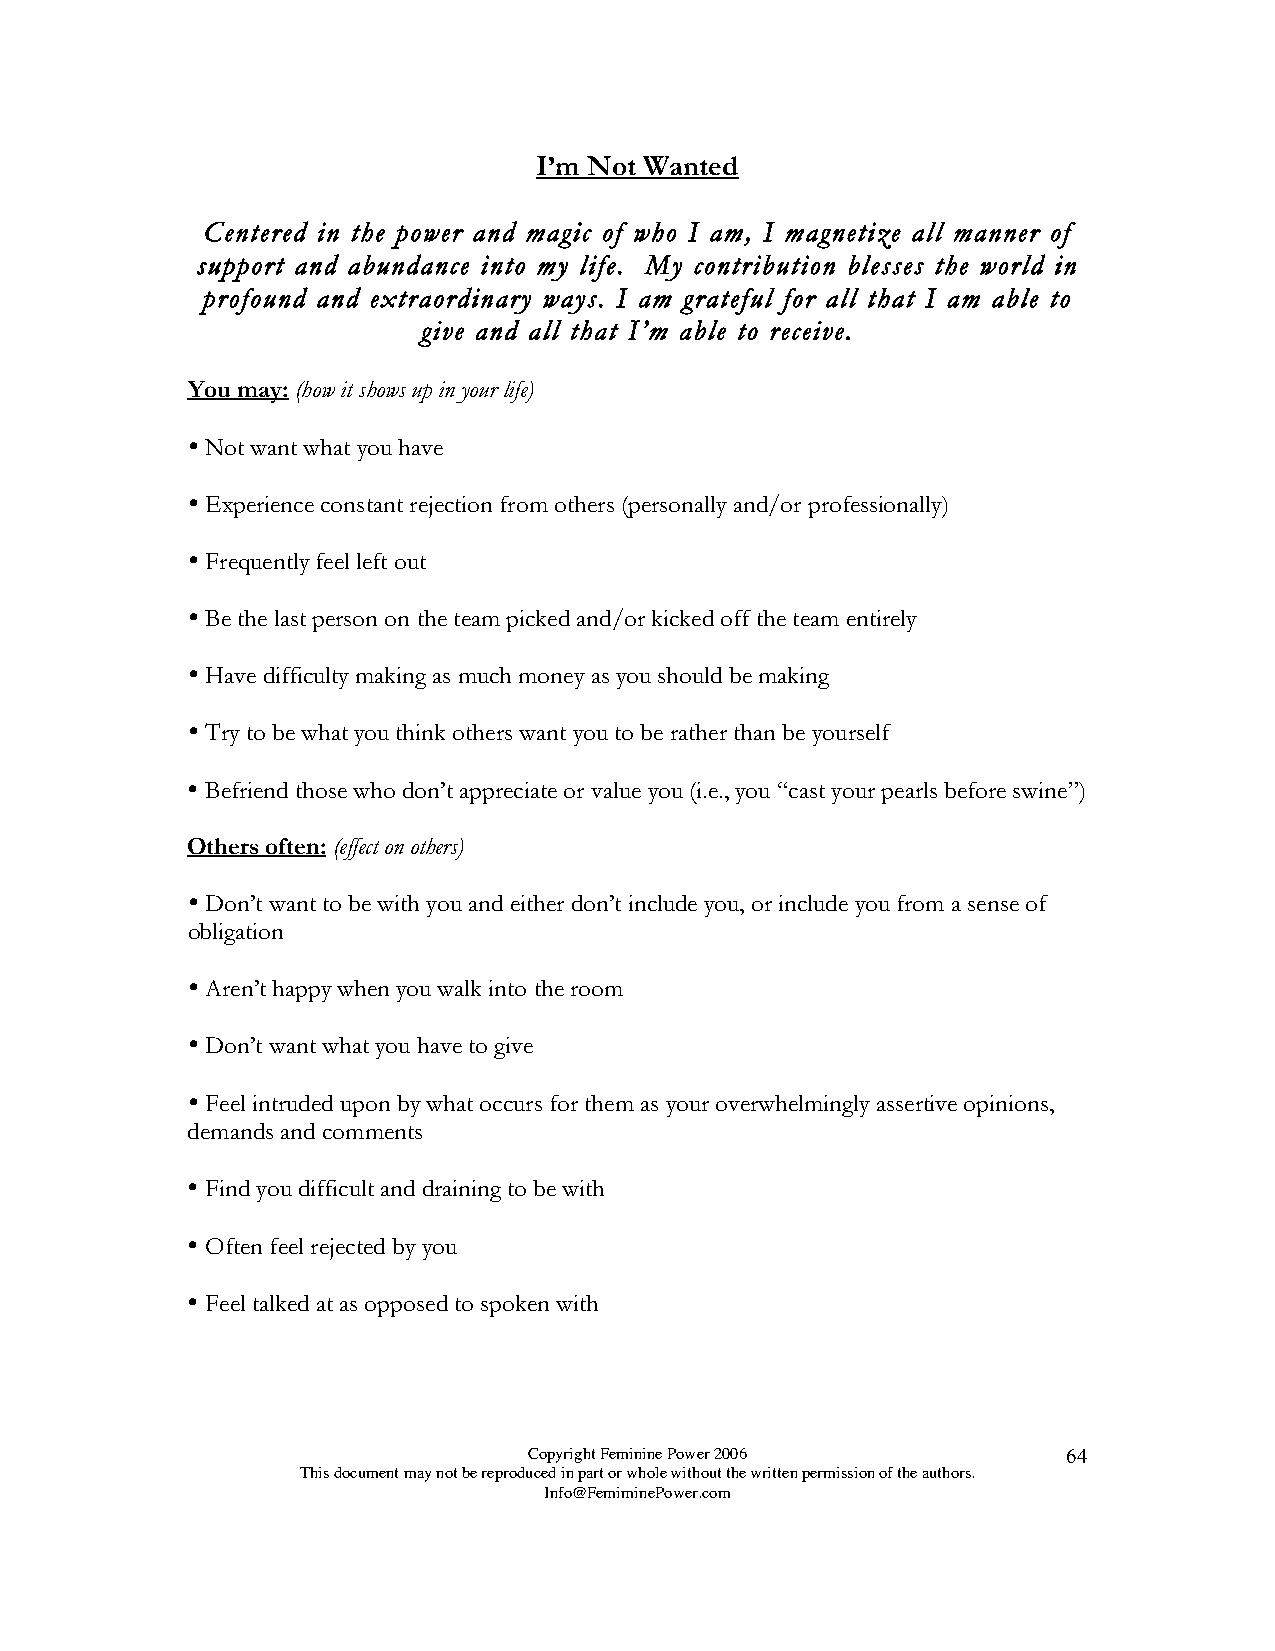
I’m Not Wanted
 Centered in the power and magic of who I am, I magnetize all manner of
 support and abundance into my life. My contribution blesses the world in
 profound and extraordinary ways. I am grateful for all that I am able to
 give and all that I’m able to receive.
 You may: (how it shows up in your life)
 
 Not want what you have
 
 Experience constant rejection from others (personally and/or professionally)
 
 Frequently feel left out
 
 Be the last person on the team picked and/or kicked off the team entirely
 
 Have difficulty making as much money as you should be making
 
 Try to be what you think others want you to be rather than be yourself
 
 Befriend those who don’t appreciate or value you (i.e., you “cast your pearls before swine”)
 Others often: (effect on others)
 
 Don’t want to be with you and either don’t include you, or include you from a sense of
 obligation
 
 Aren’t happy when you walk into the room
 
 Don’t want what you have to give
 
 Feel intruded upon by what occurs for them as your overwhelmingly assertive opinions,
 demands and comments
 
 Find you difficult and draining to be with
 
 Often feel rejected by you
 
 Feel talked at as opposed to spoken with
 Copyright Feminine Power 2006       64
 This document may not be reproduced in part or whole without the written permission of the authors.
 Info@FemiminePower.com